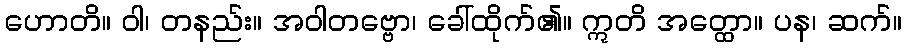
ဟောတိ။ ဝါ၊ တနည်း။ အဝါတဗ္ဗော၊ ခေါ်ထိုက်၏။ ဣတိ အတ္ထော။ ပန၊ ဆက်။